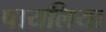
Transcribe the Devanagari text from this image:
पायलिया